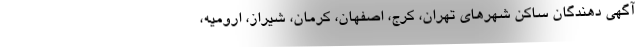
آگهی دهندگان ساکن شهر‌های تهران، کرج، اصفهان، کرمان، شیراز، ارومیه،